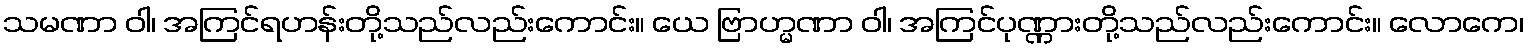
သမဏာ ဝါ၊ အကြင်ရဟန်းတို့သည်လည်းကောင်း။ ယေ ဗြာဟ္မဏာ ဝါ၊ အကြင်ပုဏ္ဏားတို့သည်လည်းကောင်း။ လောကေ၊